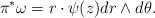
LaTeX: \begin{align*}\pi^*\omega=r\cdot\psi(z)d r\wedge d\theta.\end{align*}